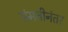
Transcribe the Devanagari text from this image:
संमतीनंतर